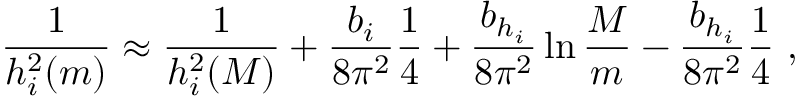
\frac { 1 } { h _ { i } ^ { 2 } ( m ) } \approx \frac { 1 } { h _ { i } ^ { 2 } ( M ) } + \frac { b _ { i } } { 8 \pi ^ { 2 } } \frac { 1 } { 4 } + \frac { b _ { h _ { i } } } { 8 \pi ^ { 2 } } \ln \frac { M } { m } - \frac { b _ { h _ { i } } } { 8 \pi ^ { 2 } } \frac { 1 } { 4 } \ ,